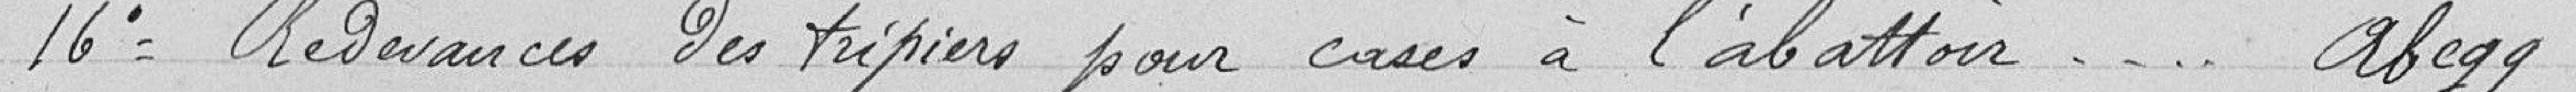
16° Redevance des trépiers pour cases à l'abattoir... Abegg